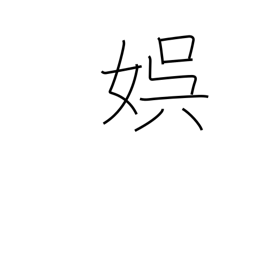
Meaning: recreation